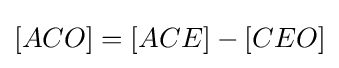
[ACO]=[ACE]-[CEO]